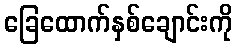
ခြေထောက်နှစ်ချောင်းကို